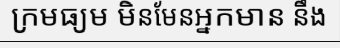
ក្រមធ្យម មិនមែនអ្នកមាន នឹង